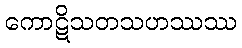
ကောဋိသတသဟဿဿ